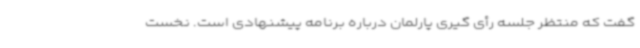
گفت که منتظر جلسه رأی گیری پارلمان درباره برنامه پیشنهادی است. نخست